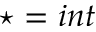
\star = i n t